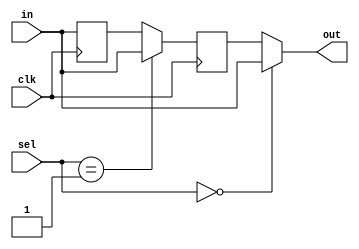
// Alternating posedge/negedge register stages for *input* timing adjustment
//
// Mux sels are decoded from input select. At most one will be selecting the "in" net
// 
// in -+------+-------------+-------------+
//     |      |             |             |
//     |      +--|\         +--|\         +--|\     
//     |         | |           | |           | |    
//     |  +---+  | |-+  +---+  | |-+  +---+  | |---- out 
//     +--|D Q|--|/  +--|D Q|--|/  +--|D Q|--|/
//        |   |         |   |         |   |         
//        +-^-+         +-^-+         +-^-+         
//          o             |             o
//          |             |             |
// clk -----+-------------+-------------+
//
// Above is for a MAX_DELAY of 3

module prog_halfclock_delay #(
	parameter MAX_DELAY = 2,                // Number of register stages to insert
	parameter FINAL_FALLING = 1,          // If 1, final stage is falling edge
	parameter W_SEL = $clog2(MAX_DELAY + 1) // let this default
) (
	input wire clk,
	input wire in,
	input wire [W_SEL-1:0] sel,
	output wire out
);

(* keep = 1'b1 *) reg [MAX_DELAY-1:0] q;
                  reg [MAX_DELAY  :0] d;

// Insert bypass muxes
// Numbering is a bit odd: d[i] is the D *generated from* q[i]
// i.e. the input to the following flop

always @ (*) begin: bypass
	integer i;
	for (i = 0; i <= MAX_DELAY; i = i + 1) begin
		if (i == MAX_DELAY || sel == i)
			d[i] = in;
		else
			d[i] = q[i];
	end
end

genvar i;
generate
for (i = 0; i < MAX_DELAY; i = i + 1) begin: flops
	if (i[0] ^ |FINAL_FALLING) begin
		always @ (negedge clk)
			q[i] <= d[i + 1];
	end else begin
		always @ (posedge clk)
			q[i] <= d[i + 1];
	end
end
endgenerate

assign out = d[0];

endmodule